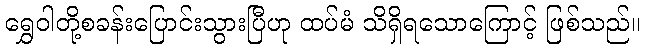
ရွှေဝါတို့စခန်းပြောင်းသွားပြီဟု ထပ်မံ သိရှိရသောကြောင့် ဖြစ်သည်။